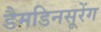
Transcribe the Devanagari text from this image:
डैमडिनसूरेंग